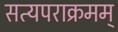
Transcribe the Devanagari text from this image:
सत्यपराक्रमम्